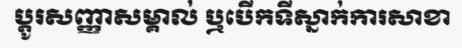
ប្តូរសញ្ញាសម្គាល់ ឬបើកទីស្នាក់ការសាខា